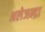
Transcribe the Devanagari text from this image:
अलेजन्द्रा